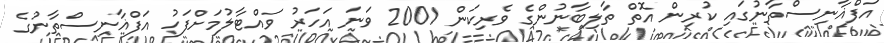
އަފްޣާނިސްތާނުގައި ކުރިން އޮތް ތާލިބާނުންގެ ވެރިކަން 2001 ވަނަ އަހަރު ވައްޓާލުމަށްފަހު އަފްޣާނިސްތާނުގެ